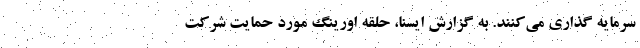
سرمایه گذاری می‌کنند. به گزارش ایسنا، حلقه اورینگ مورد حمایت شرکت